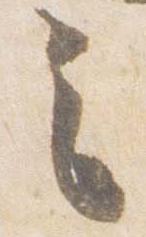
之